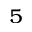
^ 5